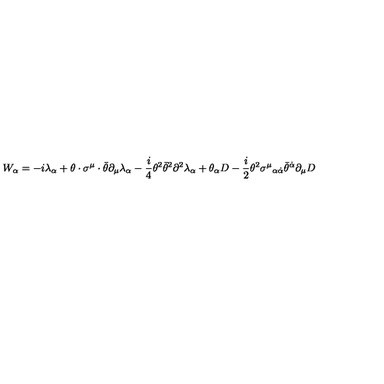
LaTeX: W _ { \alpha } = - i \lambda _ { \alpha } + \theta \cdot \sigma ^ { \mu } \cdot \bar { \theta } \partial _ { \mu } \lambda _ { \alpha } - \frac { i } { 4 } \theta ^ { 2 } \bar { \theta } ^ { 2 } \partial ^ { 2 } \lambda _ { \alpha } + \theta _ { \alpha } D - \frac { i } { 2 } \theta ^ { 2 } \sigma ^ { \mu } { } _ { \alpha \dot { \alpha } } \bar { \theta } ^ { \dot { \alpha } } \partial _ { \mu } D